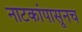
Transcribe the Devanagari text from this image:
नाटकांपासूनच